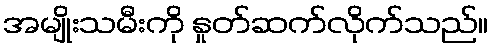
အမျိုးသမီးကို နှုတ်ဆက်လိုက်သည်။